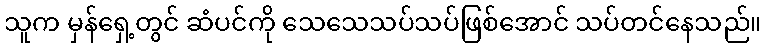
သူက မှန်ရှေ့တွင် ဆံပင်ကို သေသေသပ်သပ်ဖြစ်အောင် သပ်တင်နေသည်။